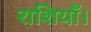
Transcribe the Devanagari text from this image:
राशियाँ।